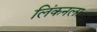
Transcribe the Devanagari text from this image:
लिंकनला